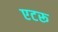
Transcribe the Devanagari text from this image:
एटरू